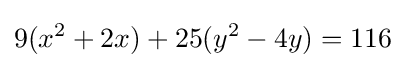
9(x^{2}+2x)+25(y^{2}-4y)=116